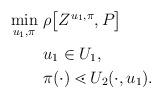
LaTeX: \begin{align*}\begin{aligned}\min_{u_1,\pi}&\ \rho\big[ Z^{u_1,\pi}, P\big]\\ &\ u_1 \in U_1,\\&\ \pi(\cdot) \lessdot U_2(\cdot, u_1).\end{aligned}\end{align*}